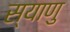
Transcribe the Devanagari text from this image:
स्याणु